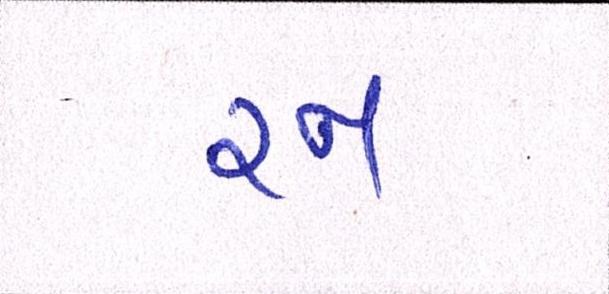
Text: રન